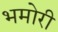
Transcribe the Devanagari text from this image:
भमोरी